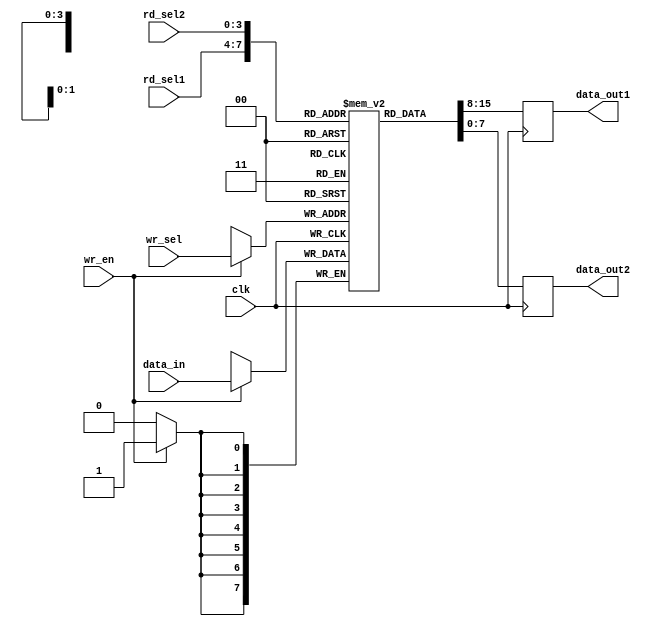
module RegisterFile 
(
  input wire clk,
  input wire wr_en,
  input wire [3:0] rd_sel1,
  input wire [3:0] rd_sel2,
  input wire [3:0] wr_sel,
  input wire [7:0] data_in,
  output reg [7:0] data_out1,
  output reg [7:0] data_out2
);

reg [7:0] registers [0:15];

always @(posedge clk) begin
  if(wr_en) begin
    registers[wr_sel] <= data_in;
  end
  data_out1 <= registers[rd_sel1];
  data_out2 <= registers[rd_sel2];
end

endmodule